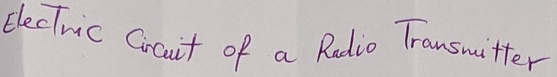
Text: Electric Circuit of a Radio Transmitter